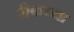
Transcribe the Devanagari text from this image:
रीफच्या